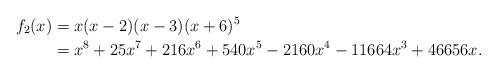
LaTeX: \begin{align*}f_2(x) & = x(x-2)(x-3)(x+6)^5 \\ & = x^8 + 25x^7+216x^6 + 540 x^5 - 2160 x^4 -11664 x^3 + 46656 x.\end{align*}